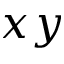
x y